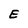
Character: E